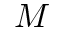
M